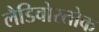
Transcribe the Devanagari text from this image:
लैडिवोस्तोक